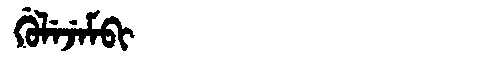
Manchu: ᡤᡠᠯᡝᠵᡝᠮᠪᡳ
Romanization: GULEJEMBI